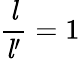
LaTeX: {\frac{\mathit{l}}{{\mathit{l}}^{\prime}}}=1